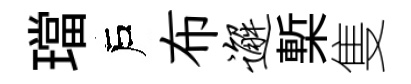
璫戶布邂槧隻